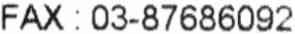
FAX : 03-87686092